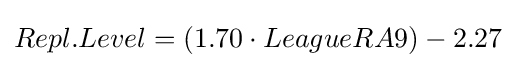
Repl.Level=(1.70\cdot LeagueRA9)-2.27